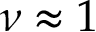
\nu \approx 1